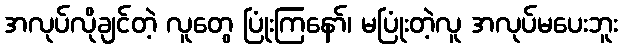
အလုပ်လိုချင်တဲ့ လူတွေ ပြုံးကြနော်၊ မပြုံးတဲ့လူ အလုပ်မပေးဘူး